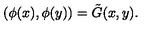
( \phi ( x ) , \phi ( y ) ) = \tilde { G } ( x , y ) .